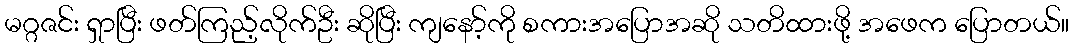
မဂ္ဂဇင်း ရှာပြီး ဖတ်ကြည့်လိုက်ဦး ဆိုပြီး ကျနော့်ကို စကားအပြောအဆို သတိထားဖို့ အဖေက ပြောတယ်။